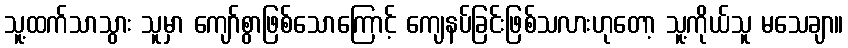
သူ့ထက်သာသွား သူမှာ ကျော်စွာဖြစ်သောကြောင့် ကျေနပ်ခြင်းဖြစ်သလားဟုတော့ သူ့ကိုယ်သူ မသေချာ။